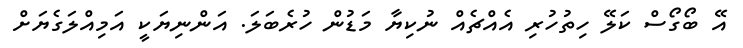
އޭ ބޯގޯސް ކަލޭ ހިތުހުރި އެއްޗެއް ނުކިޔާ މަޑުން ހުރެބަލަ. އަންނިޔަކީ އަމިއްލަގެޔަށް